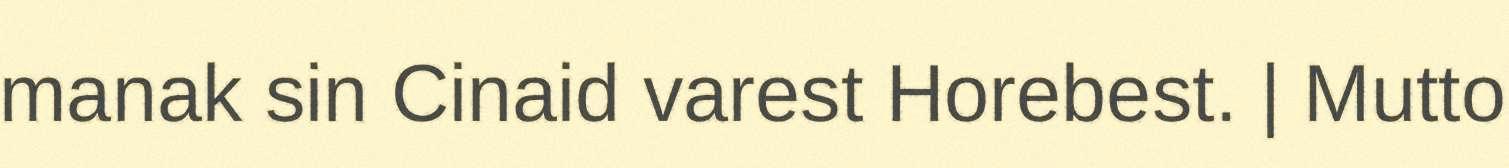
manak sin Cinaid varest Horebest. | Mutto